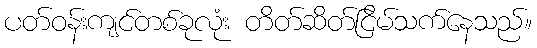
ပတ်ဝန်းကျင်တစ်ခုလုံး တိတ်ဆိတ်ငြိမ်သက်နေသည်။